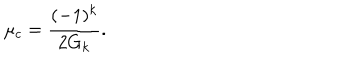
LaTeX: \mu _ { c } = { \frac { ( - 1 ) ^ { k } } { 2 G _ { k } } } .